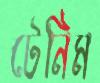
টেনিম